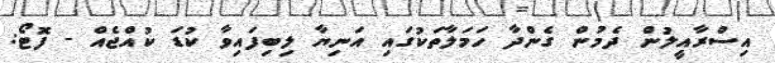
އިސްރާއީލުން ދެމުން ގެންދާ ހަމަލާތަކުގައި އަނިޔާ ލިބިފައިވާ ކުޑަ ކުއްޖެއް - ފޮޓޯ: